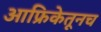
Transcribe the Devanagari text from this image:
आफ्रिकेतूनच